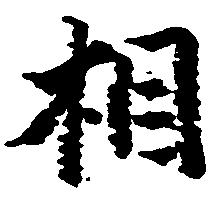
相